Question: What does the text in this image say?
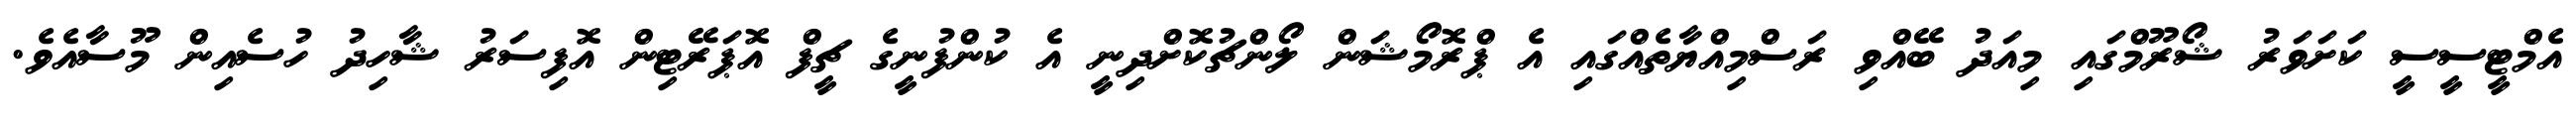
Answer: އެމްޓީސީސީ ކަށަވަރު ޝޯރޫމްގައި މިއަދު ބޭއްވި ރަސްމިއްޔާތެއްގައި އެ ޕްރޮމޯޝަން ލޯންޗުކޮށްދިނީ އެ ކުންފުނީގެ ޗީފް އޮޕަރޭޓިން އޮފިސަރު ޝާހިދު ހުސެއިން މޫސާއެވެ.